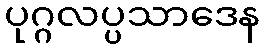
ပုဂ္ဂလပ္ပသာဒေန